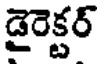
డైరెక్టర్